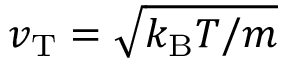
v _ { \mathrm { T } } = \sqrt { k _ { \mathrm { B } } T / m }